Punjab Mental Hospital Lahore 1932-46 - 1932-1946
Year: 1932
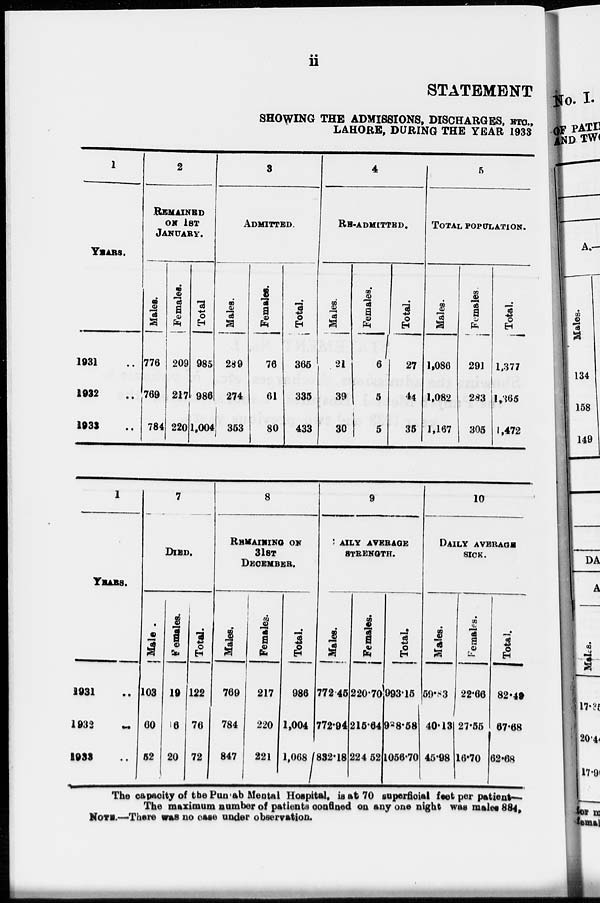
ii
STATEMENT
SHOWING THE ADMISSIONS, DISCHARGES, ETC.,
LAHORE, DURING THE YEAR 1933
1
YEARS.
1931 ..
1932 ..
1933 ..
2
REMAINED
ON 1ST
JANUARY.
Males.
776
769
784
Females.
209
217
220
Total
985
986
1,004
3
ADMITTED.
Males.
289
274
353
Females.
76
61
80
Total.
365
335
433
4
RE-ADMITTED.
Males.
21
39
30
Females.
6
5
5
Total.
27
44
35
5
TOTAL POPULATION.
Males.
1,086
1,082
1,167
Females.
291
283
305
Total.
1,377
1,365
1,472
1
YEARS.
1931 ...
1932
...
1933 ...
7
DIED.
Male .
103
60
52
females.
19
16
20
Total.
122
76
72
8
REMAINING ON
31ST
DECEMBER.
Mate.
769
784
847
Females.
217
220
221
Total
986
1,004
1,068
9
AILY AVERAGE
STRENGTH.
Males.
772.45
772.94
832.18
Females.
220.70
215.64
224.52
Total.
993.15
988.58
1056.70
10
DAILY AVERAGE
SICK.
Males.
59.83
40.13
46.98
Females.
22.66
27.55
16.70
Total
82.49
67.68
62.68
The capacity of the Punjab Mental Hospital, is at 70 superficial feet per patient—
The maximum number of patients confined on any one night was males 884,
NOTE.—There was no case under observation.